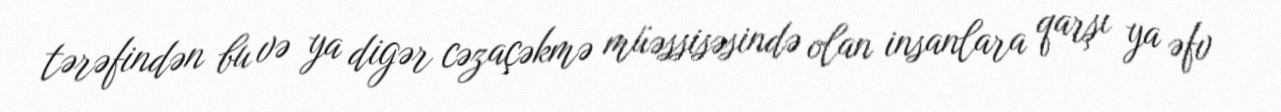
tərəfindən bu və ya digər cəzaçəkmə müəssisəsində olan insanlara qarşı ya əfv